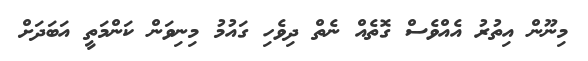
މިނޫން އިތުރު އެއްވެސް ގޮތެއް ނެތް ދިވެހި ގައުމު މިނިވަން ކަންމަތީ އަބަދަށް